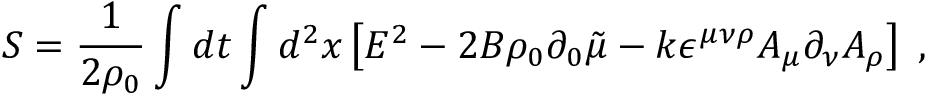
S = \frac { 1 } { 2 \rho _ { 0 } } \int d t \int d ^ { 2 } x \left[ E ^ { 2 } - 2 B \rho _ { 0 } \partial _ { 0 } \tilde { \mu } - k \epsilon ^ { \mu \nu \rho } A _ { \mu } \partial _ { \nu } A _ { \rho } \right] \; ,